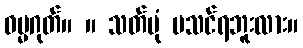
ဓမ္မဂုတ်။ ။ သတ်ပုံ မသင်ရဘူးလား။